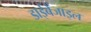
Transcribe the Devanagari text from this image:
डाईबेंजाइल